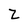
Character: z